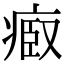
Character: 𤷌